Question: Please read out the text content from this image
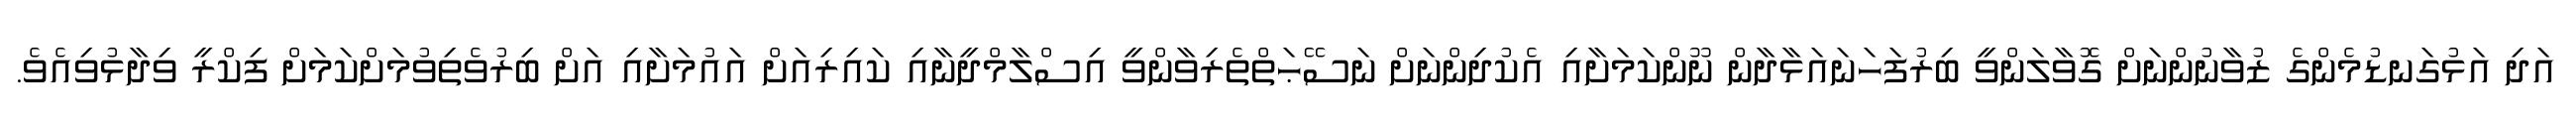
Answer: އަދި އަޅުގަނޑުމެންގެ ޒުވާނުންނަށް ގޮވާލަންވީ ބިރުފަހަނައަޅާދާން ނޫންކަމަށާއި އެކުދިންނަށް ނަސޭޙަތްތެރިވާންވީ އިސްލާމްދީނާއި ކައިރިއަށް އައުމަށާއި އަށް ބިރުވެތިވުމަށްކަމަށް ފިކްރީ ވިދާޅުވިއެވެ.